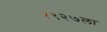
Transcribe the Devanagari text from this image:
१९२७ला